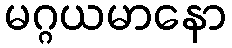
မဂ္ဂယမာနော